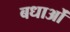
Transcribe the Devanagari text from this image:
बधाओं